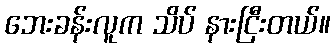
ဘေးခန်းလူက သိပ် နားငြီးတယ်။